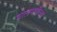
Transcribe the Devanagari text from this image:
बालपणीच्या